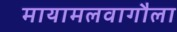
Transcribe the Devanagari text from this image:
मायामलवागौला